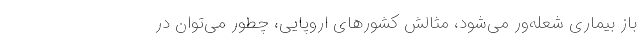
باز بیماری شعله‌ور می‌شود، مثالش کشورهای اروپایی، چطور می‌توان در